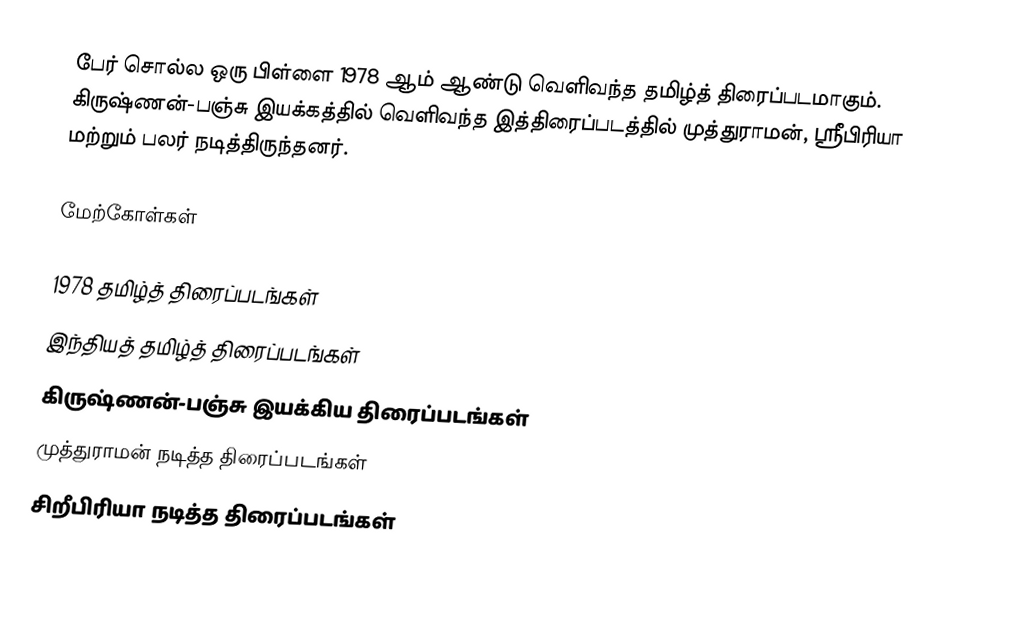
பேர் சொல்ல ஒரு பிள்ளை 1978 ஆம் ஆண்டு வெளிவந்த தமிழ்த் திரைப்படமாகும். கிருஷ்ணன்-பஞ்சு இயக்கத்தில் வெளிவந்த இத்திரைப்படத்தில் முத்துராமன், ஸ்ரீபிரியா மற்றும் பலர் நடித்திருந்தனர்.

மேற்கோள்கள்

1978 தமிழ்த் திரைப்படங்கள்
இந்தியத் தமிழ்த் திரைப்படங்கள்
கிருஷ்ணன்-பஞ்சு இயக்கிய திரைப்படங்கள்
முத்துராமன் நடித்த திரைப்படங்கள்
சிறீபிரியா நடித்த திரைப்படங்கள்